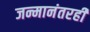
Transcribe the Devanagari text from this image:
जन्मानंतरही